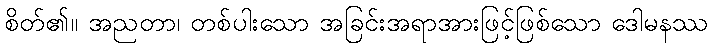
စိတ်၏။ အညတာ၊ တစ်ပါးသော အခြင်းအရာအားဖြင့်ဖြစ်သော ဒေါမနဿ